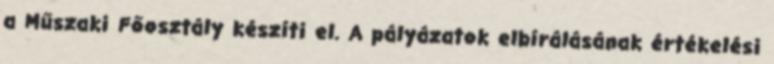
a Műszaki Főosztály készíti el. A pályázatok elbírálásának értékelési